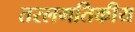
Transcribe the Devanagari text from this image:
तरलगतिकीय